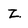
Character: Z